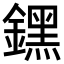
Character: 𨭆